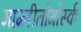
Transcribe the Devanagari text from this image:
माग्नीतोगोर्स्क